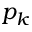
p _ { k }